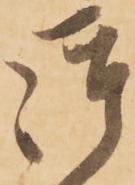
御